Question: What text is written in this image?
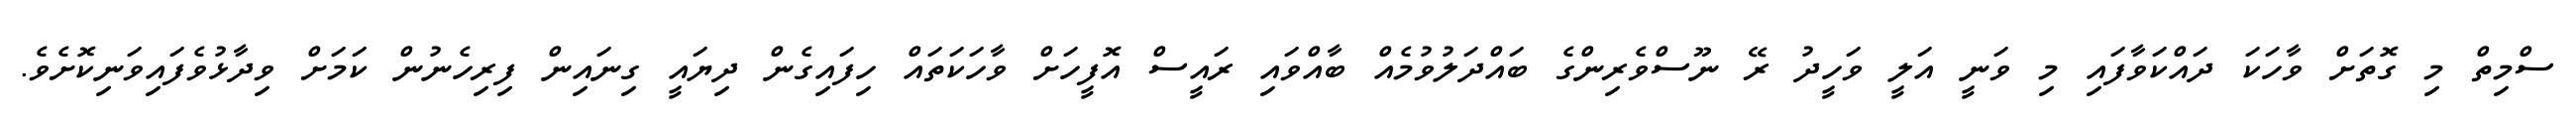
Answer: ސްމިތް މި ގޮތަށް ވާހަކަ ދައްކަވާފައި މި ވަނީ އަލީ ވަހީދު ރޭ ނޫސްވެރިންގެ ބައްދަލުވުމެއް ބާއްވައި ރައީސް އޮފީހަށް ވާހަކަތައް ހިފައިގެން ދިޔައީ ގިނައިން ފިރިހެނުން ކަމަށް ވިދާޅުވެފައިވަނިކޮށެވެ.